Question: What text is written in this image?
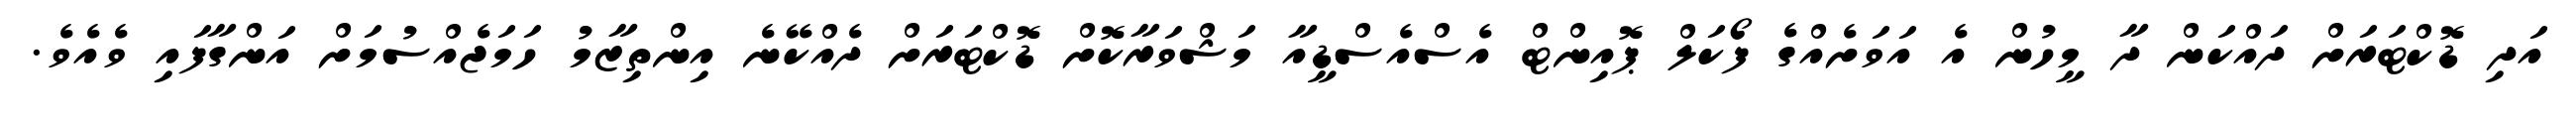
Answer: އަދި ޑޮކްޓަރަށް ދައްކަން ދާ މީހުން އެ އަވަށެއްގެ ފޯކަލް ޕޮއިންޓް އެސްއެސްޑީއާ މަޝްވަރާކޮށް ޑޮކްޓަރަށް ދެއްކޭނެ އިންތިޒާމު ހަމަޖެއްސުމަށް އަންގާފައި ވެއެވެ.